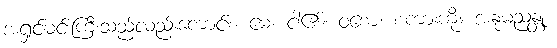
အရှင်မင်းကြီးသည်လည်းကောင်း။ မေ၊ ငါ၏။ ဝစော၊ စကားကို။ အနုမညန္တု၊